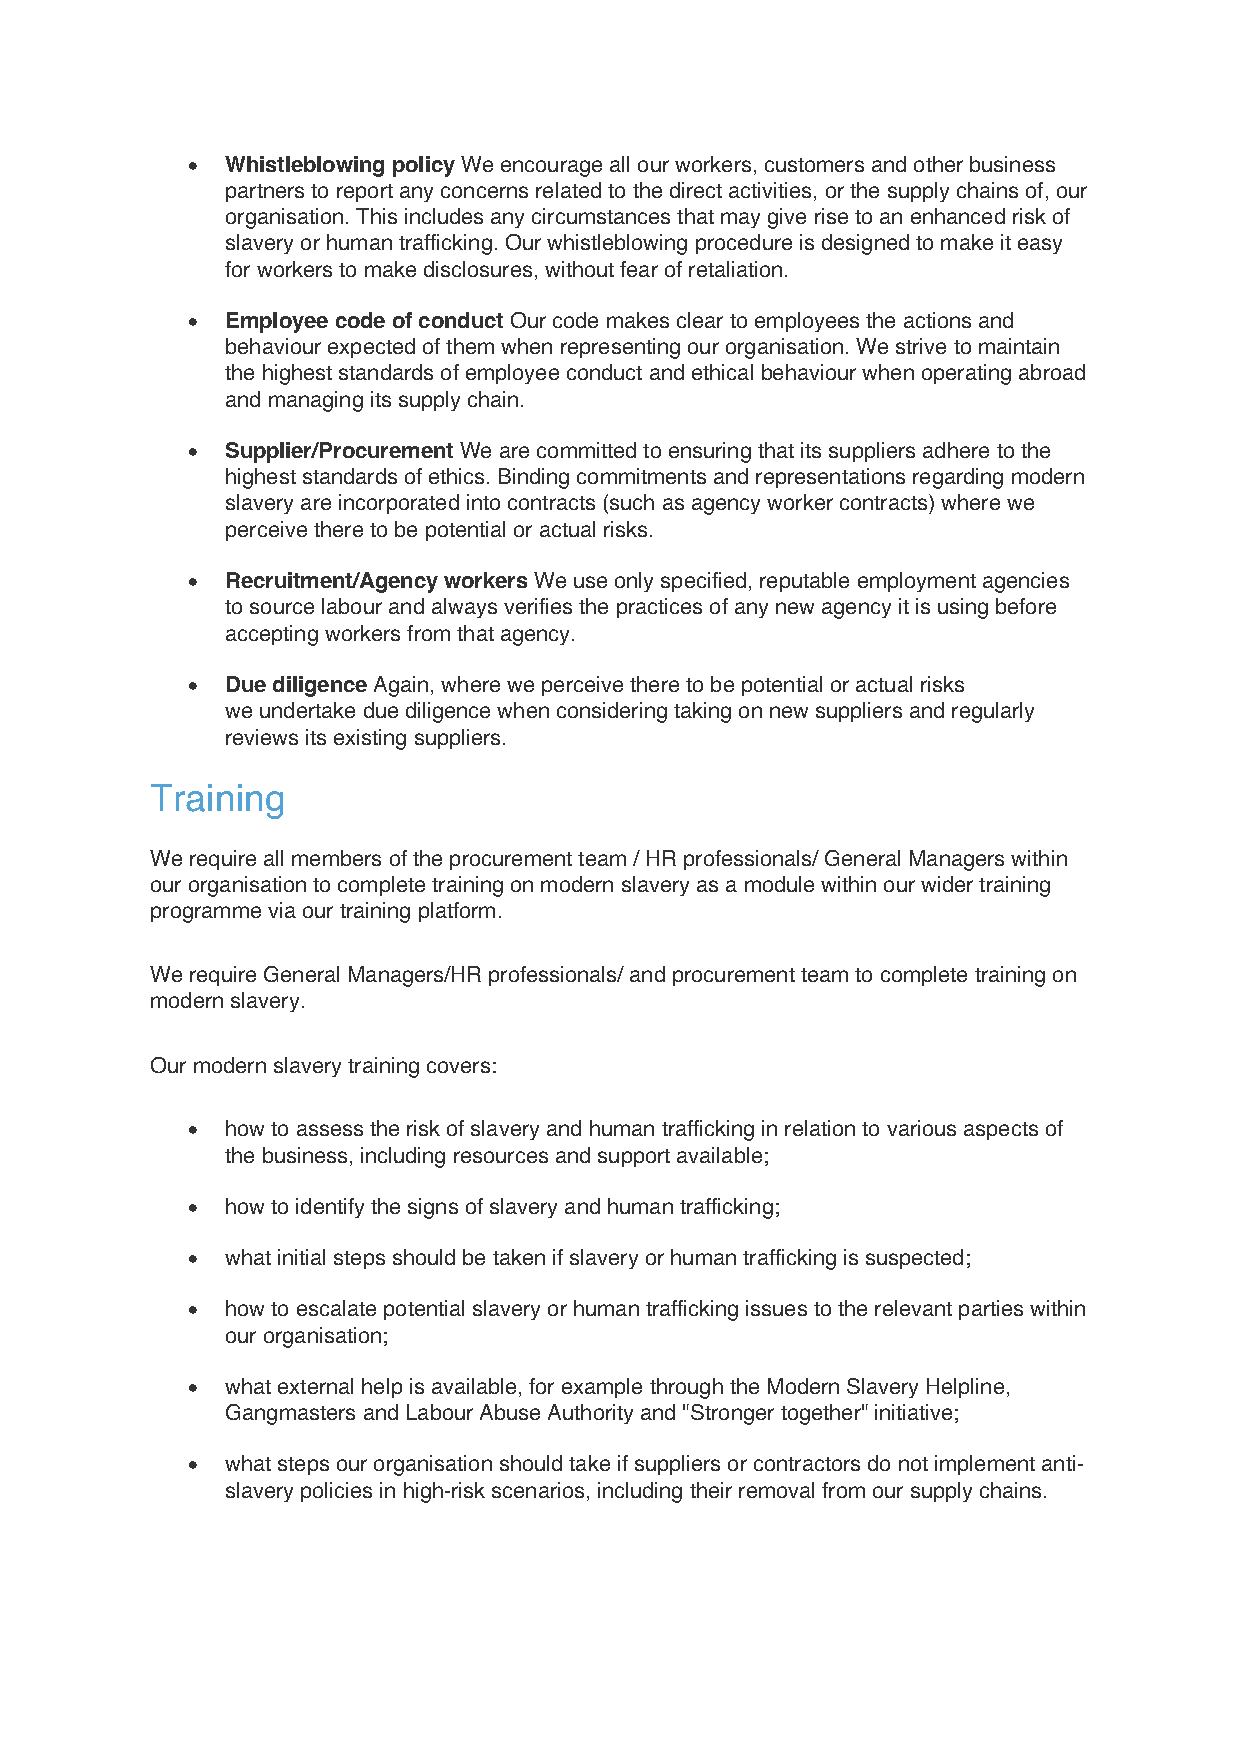
•  Whistleblowing policy We encourage all our workers, customers and other business
 partners to report any concerns related to the direct activities, or the supply chains of, our
 organisation. This includes any circumstances that may give rise to an enhanced risk of
 slavery or human trafficking. Our whistleblowing procedure is designed to make it easy
 for workers to make disclosures, without fear of retaliation.
 •  Employee code of conduct Our code makes clear to employees the actions and
 behaviour expected of them when representing our organisation. We strive to maintain
 the highest standards of employee conduct and ethical behaviour when operating abroad
 and managing its supply chain.
 •  Supplier/Procurement We are committed to ensuring that its suppliers adhere to the
 highest standards of ethics. Binding commitments and representations regarding modern
 slavery are incorporated into contracts (such as agency worker contracts) where we
 perceive there to be potential or actual risks.
 •  Recruitment/Agency workers We use only specified, reputable employment agencies
 to source labour and always verifies the practices of any new agency it is using before
 accepting workers from that agency.
 •  Due diligence Again, where we perceive there to be potential or actual risks
 we undertake due diligence when considering taking on new suppliers and regularly
 reviews its existing suppliers.
 Training
 We require all members of the procurement team / HR professionals/ General Managers within
 our organisation to complete training on modern slavery as a module within our wider training
 programme via our training platform.
 We require General Managers/HR professionals/ and procurement team to complete training on
 modern slavery.
 Our modern slavery training covers:
 •  how to assess the risk of slavery and human trafficking in relation to various aspects of
 the business, including resources and support available;
 •  how to identify the signs of slavery and human trafficking;
 •  what initial steps should be taken if slavery or human trafficking is suspected;
 •  how to escalate potential slavery or human trafficking issues to the relevant parties within
 our organisation;
 •  what external help is available, for example through the Modern Slavery Helpline,
 Gangmasters and Labour Abuse Authority and "Stronger together" initiative;
 •  what steps our organisation should take if suppliers or contractors do not implement anti-
 slavery policies in high-risk scenarios, including their removal from our supply chains.